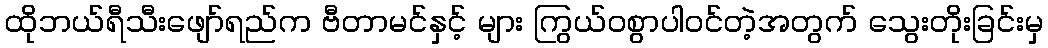
ထိုဘယ်ရီသီးဖျော်ရည်က ဗီတာမင်နှင့် များ ကြွယ်ဝစွာပါဝင်တဲ့အတွက် သွေးတိုးခြင်းမှ